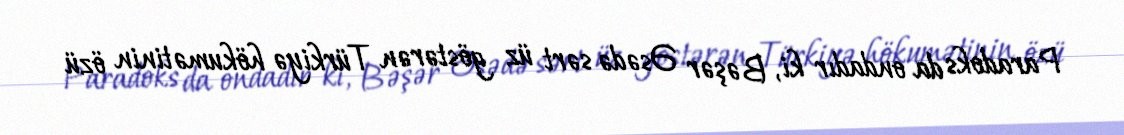
Paradoks da ondadır ki, Bəşər Əsədə sərt üz göstərən Türkiyə hökumətinin özü